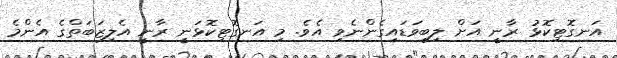
އަނގޮޓިކޮޅު ރާނީ އަށް ލިބިވަޑައިގެންނެވި އެވެ. މި އަނގޮޓިކޮޅަނީ ރާނީ އެލިޒަބަތްގެ އެންމެ